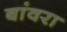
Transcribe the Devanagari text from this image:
बांवरा